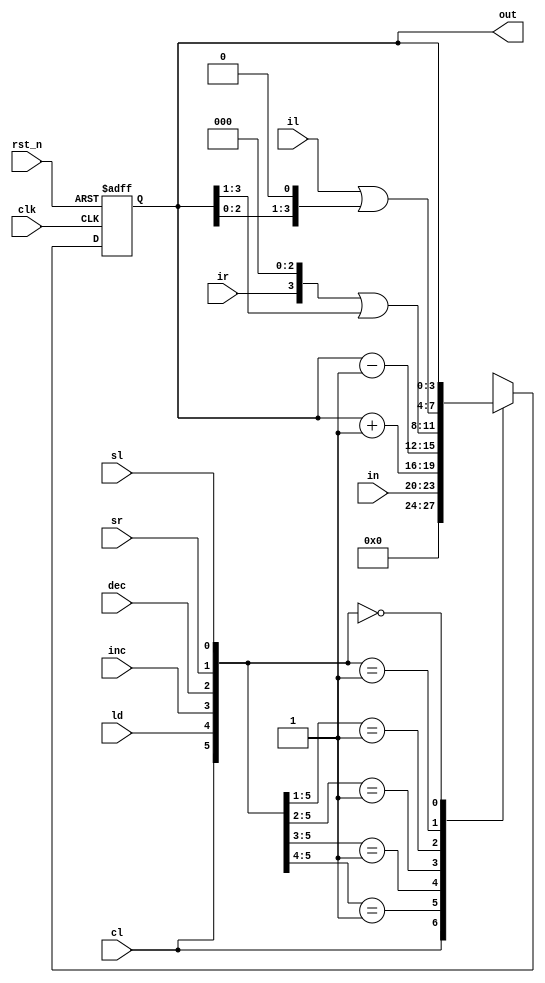
module register (
    input clk,
    input rst_n,
    input cl,
    input ld,
    input [3:0] in,
    input inc,
    input dec,
    input sr,
    input ir,
    input sl,
    input il,
    output [3:0] out
);
    reg [3:0] out_reg, out_next;

    assign out = out_reg;

    always @(posedge clk, negedge rst_n) begin
        if(!rst_n) 
            out_reg <= 4'h0;
        else
            out_reg <= out_next;
    end

    always @(*) begin
        casex ({cl, ld, inc, dec, sr, sl})
            6'b1xxxxx: out_next <= 4'h0;
            6'b01xxxx: out_next <= in;
            6'b001xxx: out_next <= out + 4'h1;
            6'b0001xx: out_next <= out - 4'h1;
            6'b00001x: out_next <= {ir, {3{1'b0}}} | (out >> 1);
            6'b000001: out_next <= {{3{1'b0}}, il} | (out << 1);
            6'b000000: out_next <= out_reg;
        endcase
    end

endmodule